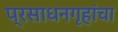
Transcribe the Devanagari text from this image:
प्रसाधनगृहांचा